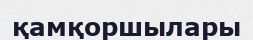
қамқоршылары